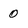
Character: 0